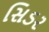
સિડર